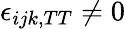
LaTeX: \epsilon_{ijk,TT}\ne 0